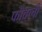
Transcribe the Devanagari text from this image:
फौव्ली